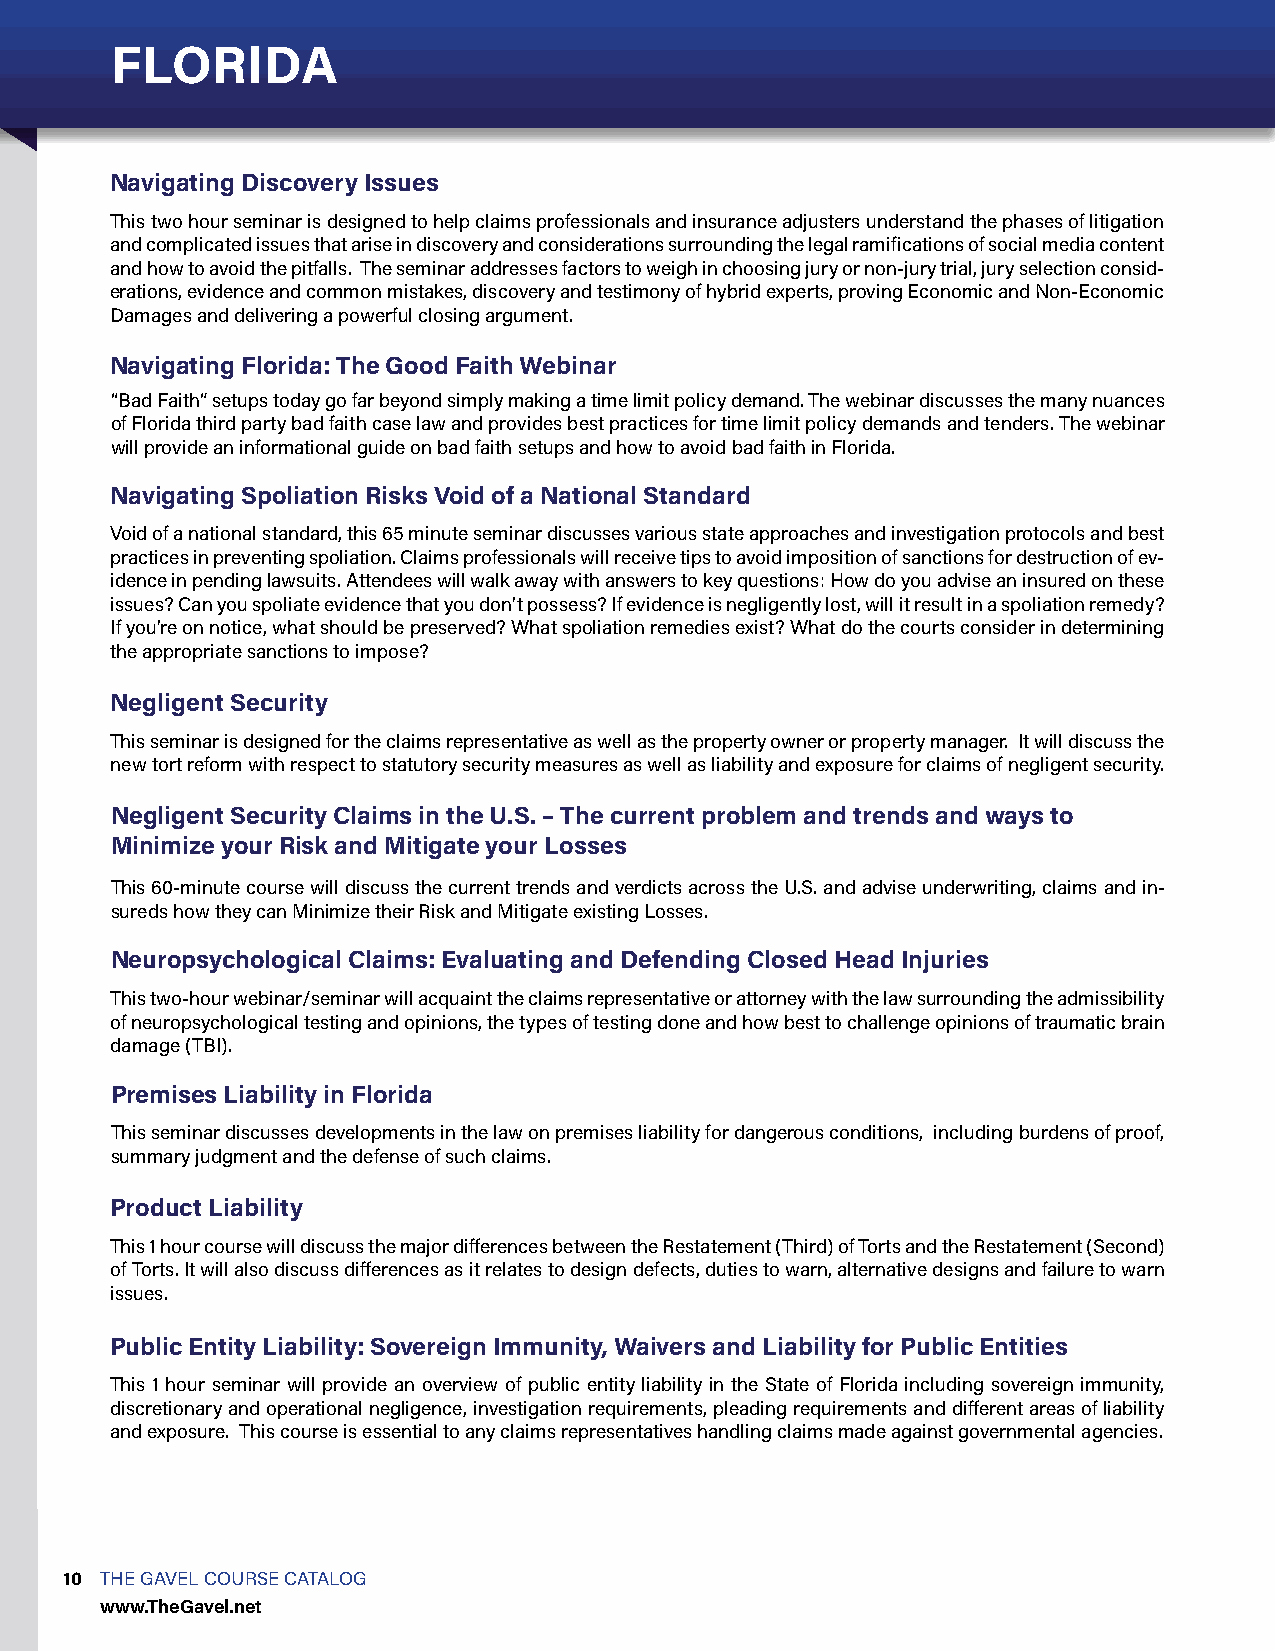
FLORIDA
 Navigating Discovery Issues
 This two hour seminar is designed to help claims professionals and insurance adjusters understand the phases of litigation
 and complicated issues that arise in discovery and considerations surrounding the legal ramifications of social media content
 and how to avoid the pitfalls. The seminar addresses factors to weigh in choosing jury or non-jury trial, jury selection consid-
 erations, evidence and common mistakes, discovery and testimony of hybrid experts, proving Economic and Non-Economic
 Damages and delivering a powerful closing argument.
 Navigating Florida: The Good Faith Webinar
 “Bad Faith” setups today go far beyond simply making a time limit policy demand. The webinar discusses the many nuances
 of Florida third party bad faith case law and provides best practices for time limit policy demands and tenders. The webinar
 will provide an informational guide on bad faith setups and how to avoid bad faith in Florida.
 Navigating Spoliation Risks Void of a National Standard
 Void of a national standard, this 65 minute seminar discusses various state approaches and investigation protocols and best
 practices in preventing spoliation. Claims professionals will receive tips to avoid imposition of sanctions for destruction of ev-
 idence in pending lawsuits. Attendees will walk away with answers to key questions: How do you advise an insured on these
 issues? Can you spoliate evidence that you don’t possess? If evidence is negligently lost, will it result in a spoliation remedy?
 If you’re on notice, what should be preserved? What spoliation remedies exist? What do the courts consider in determining
 the appropriate sanctions to impose?
 Negligent Security
 This seminar is designed for the claims representative as well as the property owner or property manager. It will discuss the
 new tort reform with respect to statutory security measures as well as liability and exposure for claims of negligent security.
 Negligent Security Claims in the U.S. – The current problem and trends and ways to
 Minimize your Risk and Mitigate your Losses
 This 60-minute course will discuss the current trends and verdicts across the U.S. and advise underwriting, claims and in-
 sureds how they can Minimize their Risk and Mitigate existing Losses.
 Neuropsychological Claims: Evaluating and Defending Closed Head Injuries
 This two-hour webinar/seminar will acquaint the claims representative or attorney with the law surrounding the admissibility
 of neuropsychological testing and opinions, the types of testing done and how best to challenge opinions of traumatic brain
 damage (TBI).
 Premises Liability in Florida
 This seminar discusses developments in the law on premises liability for dangerous conditions, including burdens of proof,
 summary judgment and the defense of such claims.
 Product Liability
 This 1 hour course will discuss the major differences between the Restatement (Third) of Torts and the Restatement (Second)
 of Torts. It will also discuss differences as it relates to design defects, duties to warn, alternative designs and failure to warn
 issues.
 Public Entity Liability: Sovereign Immunity, Waivers and Liability for Public Entities
 This 1 hour seminar will provide an overview of public entity liability in the State of Florida including sovereign immunity,
 discretionary and operational negligence, investigation requirements, pleading requirements and different areas of liability
 and exposure. This course is essential to any claims representatives handling claims made against governmental agencies.
 10 THE GAVEL COURSE CATALOG
 www.TheGavel.net